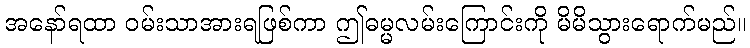
အနော်ရထာ ဝမ်းသာအားရဖြစ်ကာ ဤဓမ္မလမ်းကြောင်းကို မိမိသွားရောက်မည်။